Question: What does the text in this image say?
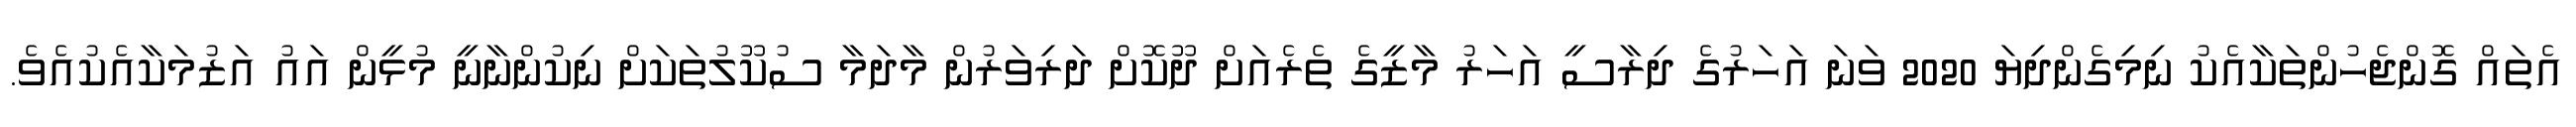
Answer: އެތައް ގޮންޖެހުންތަކާއެކު ނިމިގެންދިޔަ 2020 ވަނަ އަހަރުގެ ދިރާސީ އަހަރު މާޒީގެ ތެރެއަށް ދޫކޮށް ދަރިވަރުން މާދަމާ ސުކޫލުތަކަށް ނިކުންނާނީ މުޅީން އައު އަޒުމަކާއެކުއެވެ.